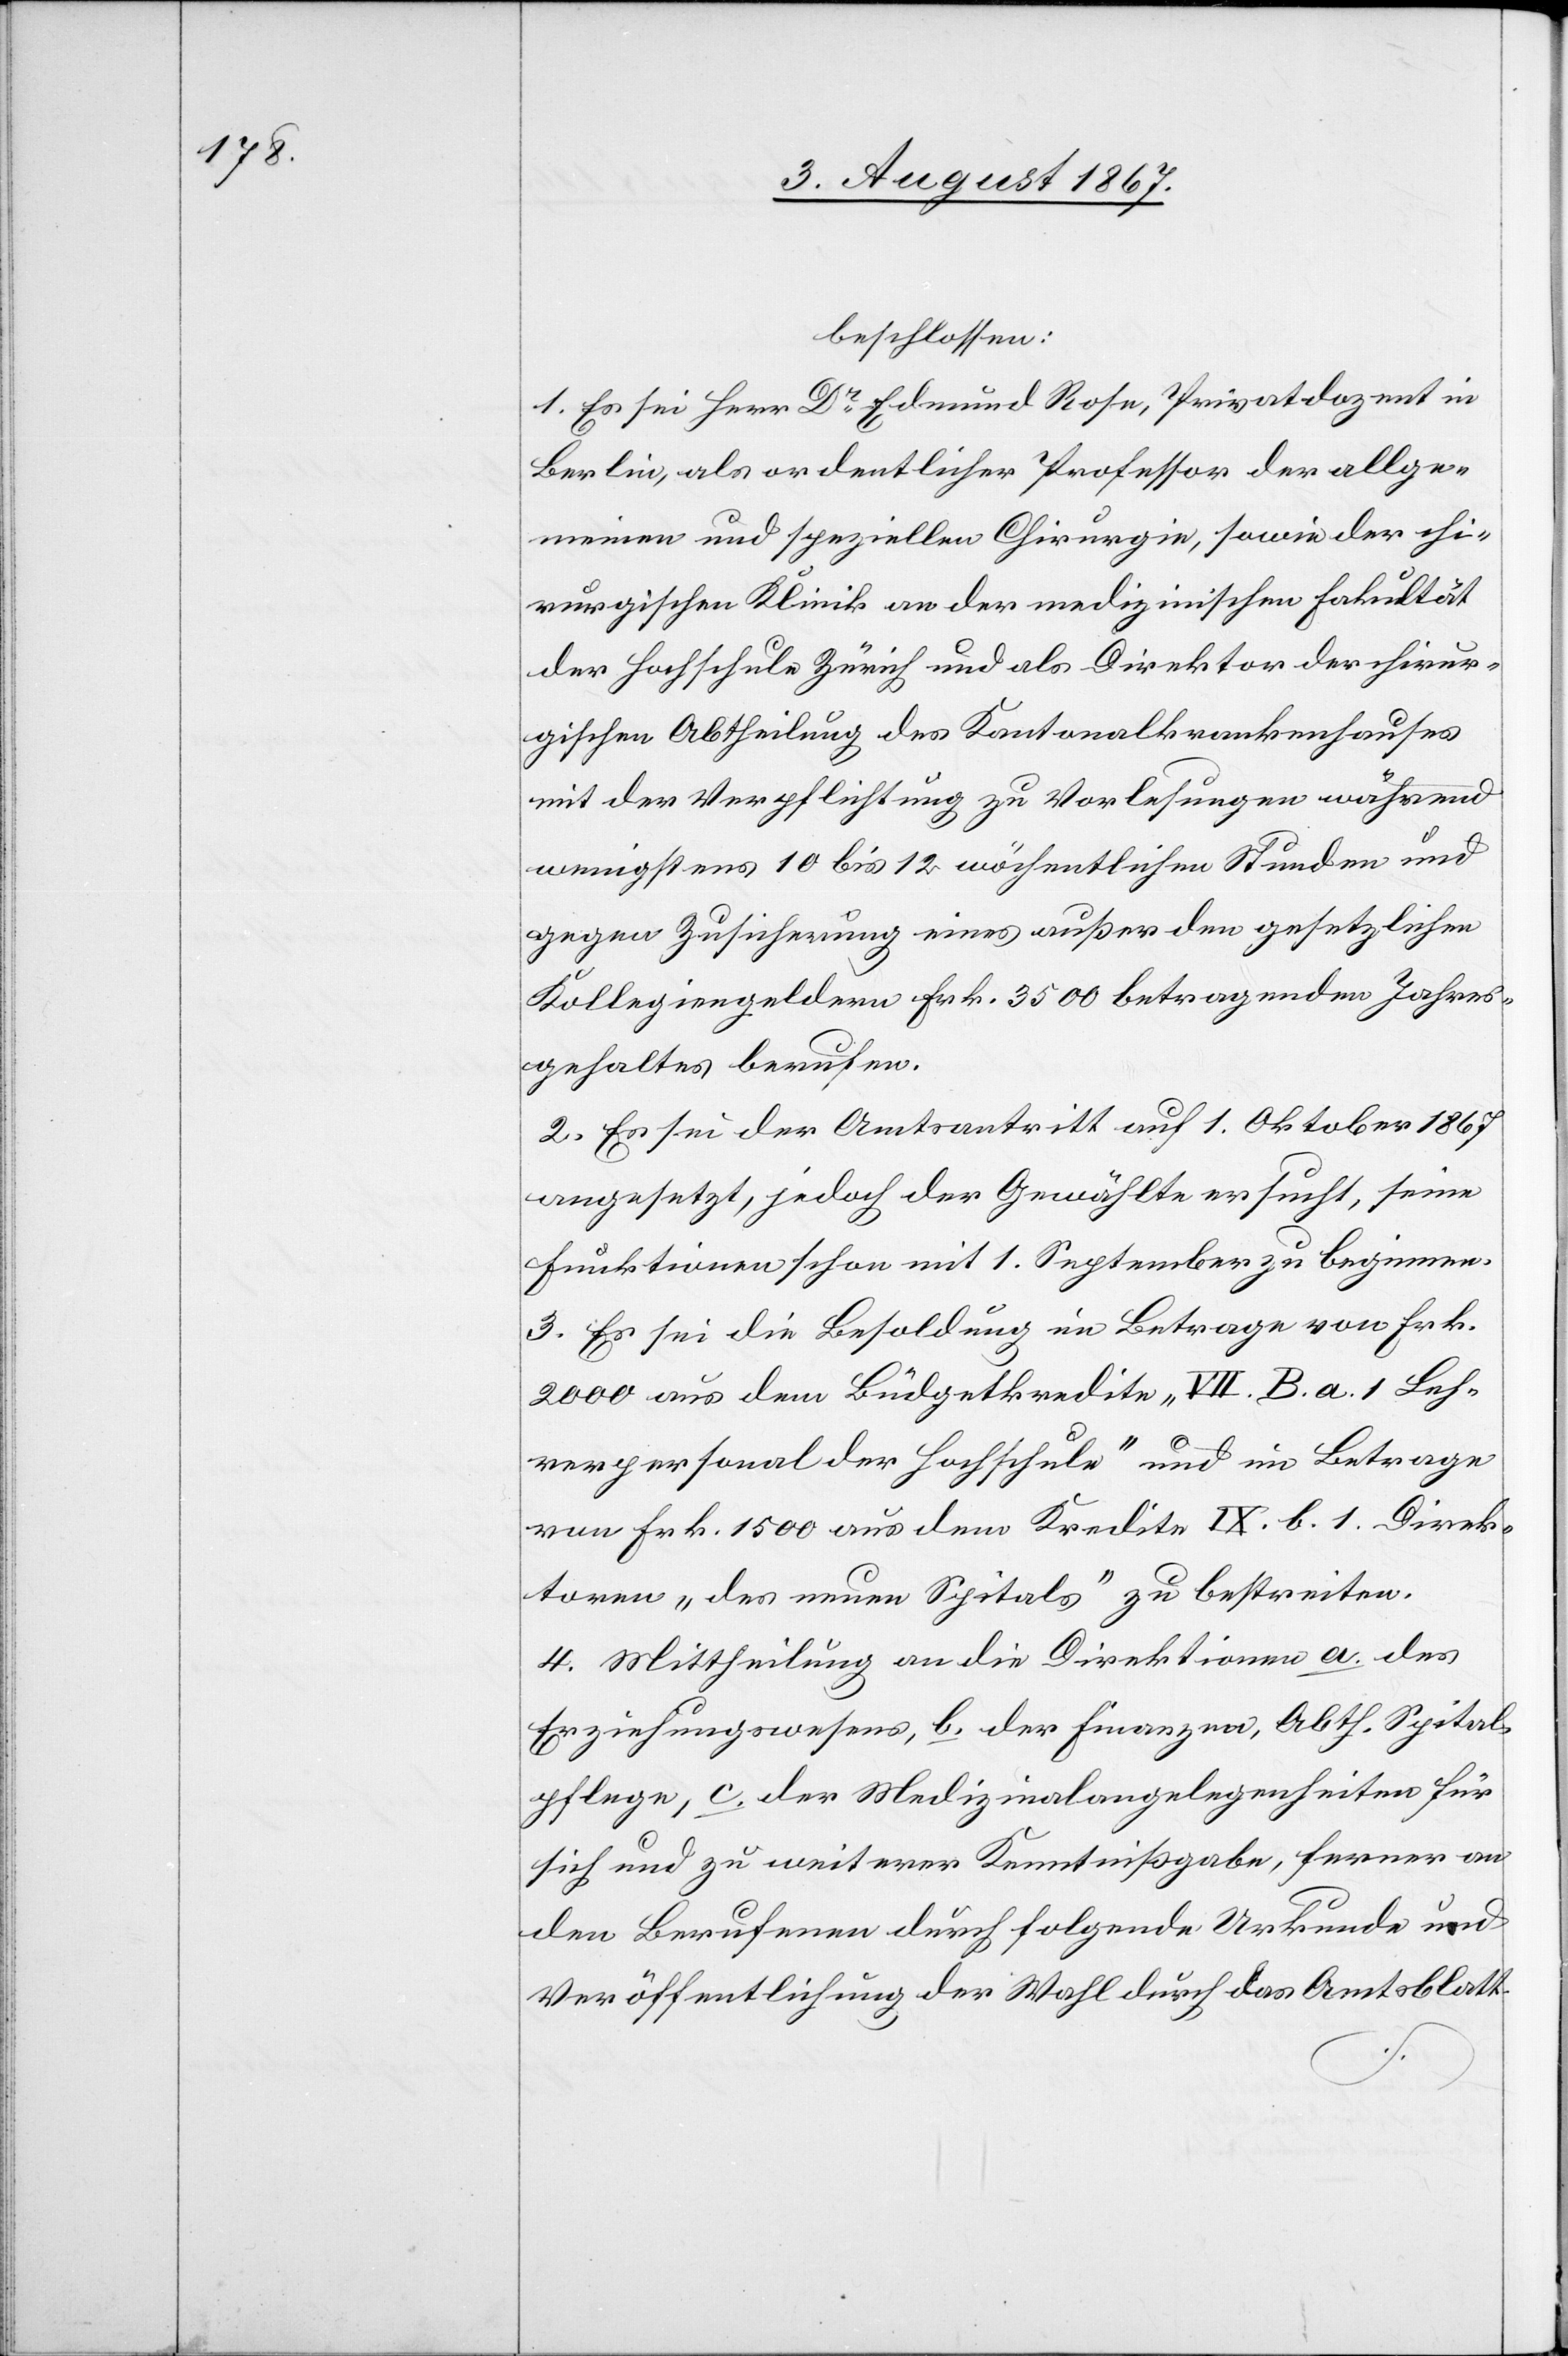
beschlossen:
1. Es sei Herr Dr. Edmund Rose, Privatdozent in
Berlin, als ordentlicher Professor der allge¬
meinen und speziellen Chirurgie, sowie der chi¬
rurgischen Klinik an der medizinischen Fakultät
der Hochschule Zürich und als Direktor der chirur¬
gischen Abtheilung des Kantonalkrankenhauses
mit der Verpflichtung zu Vorlesungen während
wenigstens 10 bis 12 wöchentlichen Stunden und
gegen Zusicherung eines außer den gesetzlichen
Kollegiengeldern Frk. 3500 betragenden Jahres¬
gehaltes berufen.
2. Es sei der Amtsantritt auf 1. Oktober 1867
angesetzt, jedoch der Gewählte ersucht, seine
Funktionen schon mit 1. September zu beginnen.
3. Es sei die Besoldung im Betrage von Frk.
2000 aus dem Büdgetkredite „VII. B. a. 1. Leh¬
rpersonal der Hochschule“ und im Betrage
von Frk. 1500 aus dem Kredite IX. b. 1. Direk¬
toren „des neuen Spitals“ zu bestreiten.
4. Mittheilung an die Direktionen a. des
Erziehungswesens, b. der Finanzen, Abth. Spital¬
pflege, c. der Medizinalangelegenheiten für
sich und zu weiterer Kenntnißgabe, ferner an
den Berufenen durch folgende Urkunde und
Veröffentlichung der Wahl durch das Amtsblatt.